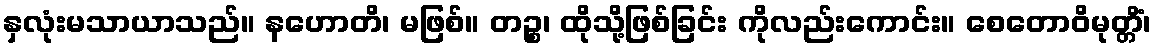
နှလုံးမသာယာသည်။ နဟောတိ၊ မဖြစ်။ တဉ္စ၊ ထိုသို့ဖြစ်ခြင်း ကိုလည်းကောင်း။ စေတောဝိမုတ္တိံ၊